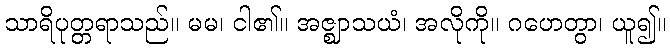
သာရိပုတ္တရာသည်။ မမ၊ ငါ၏။ အဇ္ဈာသယံ၊ အလိုကို။ ဂဟေတွာ၊ ယူ၍။